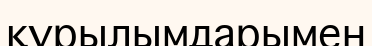
құрылымдарымен